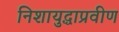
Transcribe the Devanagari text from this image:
निशायुद्धाप्रवीण